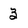
Character: 3